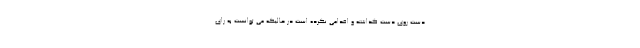
دست روی دست گذاشته و اقدامی نکرده است در حالیکه می توانست به رای